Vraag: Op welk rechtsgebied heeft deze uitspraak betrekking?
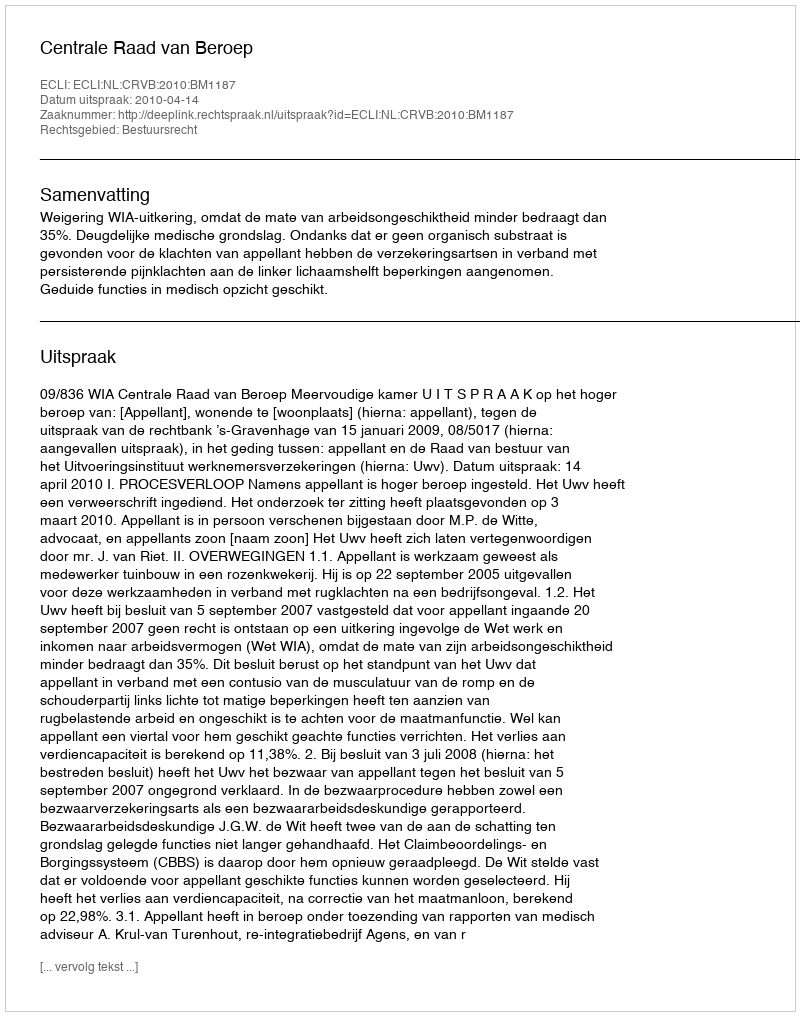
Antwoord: Bestuursrecht